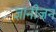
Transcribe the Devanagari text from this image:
ज्ञानीजन